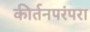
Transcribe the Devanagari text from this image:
कीर्तनपरंपरा